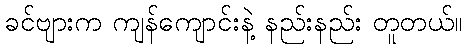
ခင်ဗျားက ကျန်ကျောင်းနဲ့ နည်းနည်း တူတယ်။